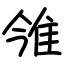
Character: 雂